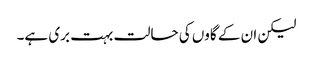
لیکن ان کے گاوں کی حالت بہت بری ہے۔